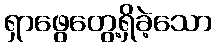
ရှာဖွေတွေ့ရှိခဲ့သော